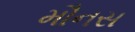
મૌનસ